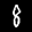
Label: 8